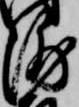
浦